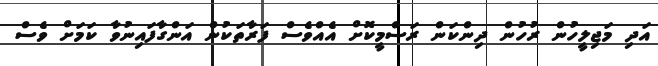
އަދި މަޖިލީހުން ރުހުން ދިންކަން ރަސްމީކޮށް އެއްވެސް ފަރާތަކުން އަންގާފައިނުވާ ކަމަށް ވެސް